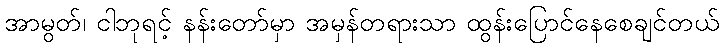
အာမွတ်၊ ငါဘုရင့် နန်းတော်မှာ အမှန်တရားသာ ထွန်းပြောင်နေစေချင်တယ်